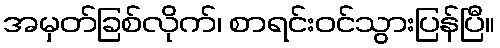
အမှတ်ခြစ်လိုက်၊ စာရင်းဝင်သွားပြန်ပြီ။